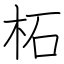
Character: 柘